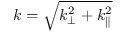
k = \sqrt { k _ { \perp } ^ { 2 } + k _ { \parallel } ^ { 2 } }